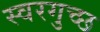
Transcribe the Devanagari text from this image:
स्वरगुच्छ